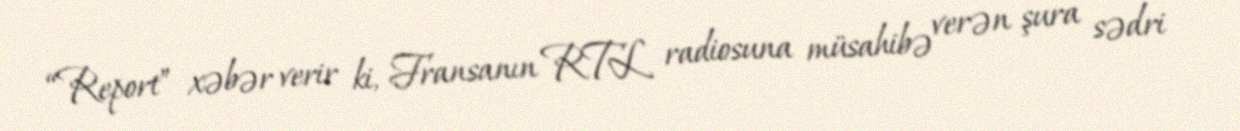
“Report” xəbər verir ki, Fransanın RTL radiosuna müsahibə verən şura sədri